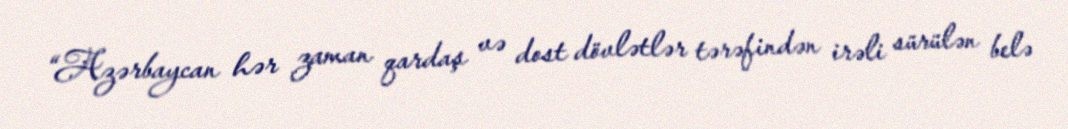
“Azərbaycan hər zaman qardaş və dost dövlətlər tərəfindən irəli sürülən belə